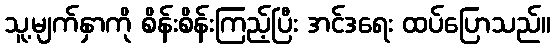
သူ့မျက်နှာကို စိန်းစိန်းကြည့်ပြီး အင်ဒရေး ထပ်ပြောသည်။